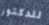
للدكتور